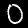
Label: 0